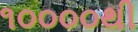
૧૦૦૦૦થી